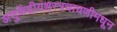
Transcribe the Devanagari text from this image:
अणुकेंद्रीयशस्‍त्रचाचणीमधून